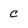
Character: c